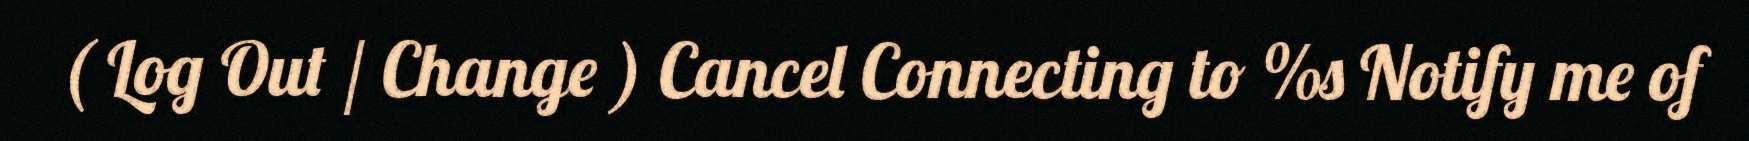
( Log Out / Change ) Cancel Connecting to %s Notify me of